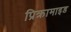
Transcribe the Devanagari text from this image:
प्रिक्रामाइड